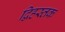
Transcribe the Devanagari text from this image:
द्विहस्तक